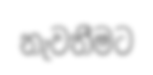
නැවතීමට